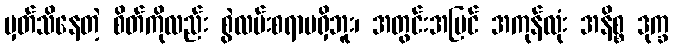
မှတ်သိနေတဲ့ စိတ်ကိုလည်း စွဲလမ်းစရာမရှိဘူး၊ အတွင်းအပြင် အကုန်လုံး အနိစ္စ ဒုက္ခ